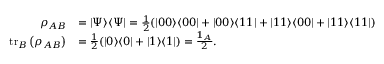
\begin{array} { r l } { \rho _ { A B } } & { = | \Psi \rangle \langle \Psi | = \frac { 1 } { 2 } ( | 0 0 \rangle \langle 0 0 | + | 0 0 \rangle \langle 1 1 | + | 1 1 \rangle \langle 0 0 | + | 1 1 \rangle \langle 1 1 | ) } \\ { \operatorname { t r } _ { B } \left( \rho _ { A B } \right) } & { = \frac { 1 } { 2 } ( | 0 \rangle \langle 0 | + | 1 \rangle \langle 1 | ) = \frac { \mathbb { 1 } _ { A } } { 2 } . } \end{array}